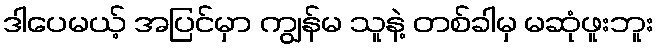
ဒါပေမယ့် အပြင်မှာ ကျွန်မ သူနဲ့ တစ်ခါမှ မဆုံဖူးဘူး